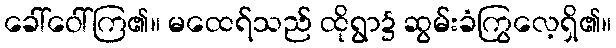
ခေါ်ဝေါ်ကြ၏။ မထေရ်သည် ထိုရွာ၌ ဆွမ်းခံကြွလေ့ရှိ၏။